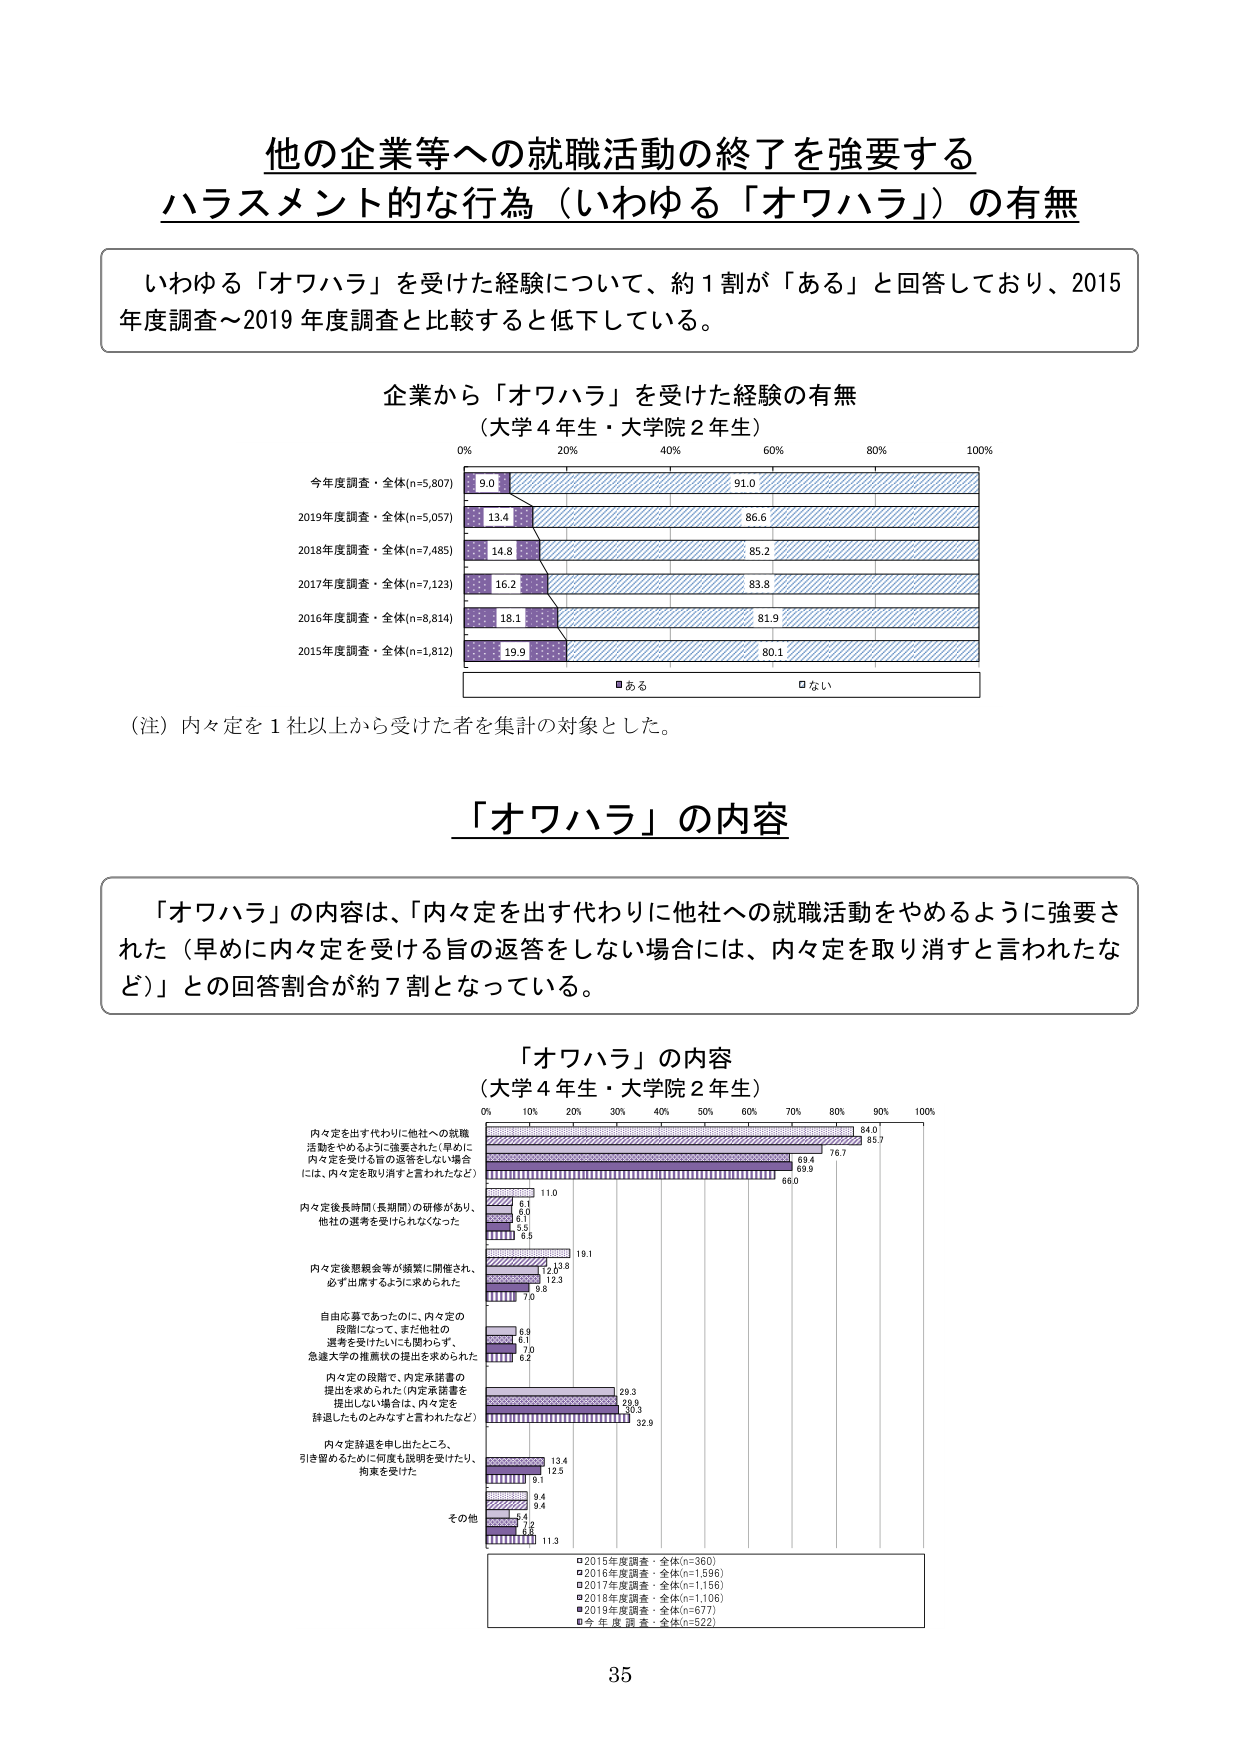
他の企業等への就職活動の終了を強要する
ハラスメント的な行為（いわゆる「オワハラ」）の有無

いわゆる「オワハラ」を受けた経験について、約１割が「ある」と回答しており、2015年度調査～2019年度調査と比較すると低下している。

企業から「オワハラ」を受けた経験の有無
（大学４年生・大学院２年生）

0% 20% 40% 60% 80% 100%
今年度調査・全体(n=5,807) 9.0 91.0
2019年度調査・全体(n=5,057) 13.4 86.6
2018年度調査・全体(n=7,485) 14.8 85.2
2017年度調査・全体(n=7,123) 16.2 83.8
2016年度調査・全体(n=8,814) 18.1 81.9
2015年度調査・全体(n=1,812) 19.9 80.1
■ある □ない

（注）内々定を１社以上から受けた者を集計の対象とした。

「オワハラ」の内容

「オワハラ」の内容は、「内々定を出す代わりに他社への就職活動をやめるように強要された（早めに内々定を受ける旨の返答をしない場合には、内々定を取り消すと言われたなど）」との回答割合が約７割となっている。

「オワハラ」の内容
（大学４年生・大学院２年生）

0% 10% 20% 30% 40% 50% 60% 70% 80% 90% 100%
内々定を出す代わりに他社への就職活動をやめるように強要された（早めに内々定を受ける旨の返答をしない場合には、内々定を取り消すと言われたなど） 84.0 85.7 76.7 69.4 69.9 66.0
内々定後長時間（長期間）の研修があり、他社の選考を受けられなくなった 11.0 6.1 6.0 6.1 3.5 6.5
内々定後懇親会等が頻繁に開催され、必ず出席するように求められた 19.1 12.8 12.3 9.8 7.0
自由応募であったのに、内々定の段階になって、まだ他社の選考を受けたいにも関わらず、急遽大学の推薦状の提出を求められた 6.9 6.1 7.0 6.2
内々定の段階で、内定承諾書の提出を求められた（内定承諾書を提出しない場合は、内々定を辞退したものとみなすと言われたなど） 29.3 29.8 30.3 32.9
内々定辞退を申し出たところ、引き留めるために何度も説明を受けたり、拘束を受けた 13.4 12.5 9.1 9.4 5.4 4.2
その他 11.3

■2015年度調査・全体(n=360)
■2016年度調査・全体(n=1,596)
■2017年度調査・全体(n=1,156)
■2018年度調査・全体(n=1,106)
■2019年度調査・全体(n=677)
■今年度調査・全体(n=522)

35